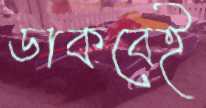
ডাকবেই